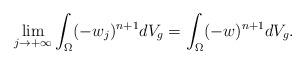
LaTeX: \begin{align*} \lim_{j \to + \infty} \int_\Omega(-w_j)^{n+1} d V_g = \int_\Omega(-w)^{n+1} d V_g.\end{align*}